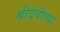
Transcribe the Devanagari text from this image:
श्रीदेवीच्या